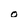
Character: o